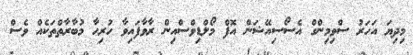
މިދިޔަ އަހަރު ސްވިމިންގް އެސޯސިއޭޝަން އޮފް މޯލްޑިވްސްއިން ރާވާފައިވާ ހުރިހާ މުބާރާތްތަކެއް ވެސް